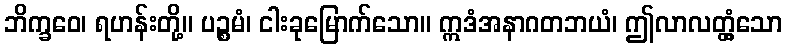
ဘိက္ခဝေ၊ ရဟန်းတို့။ ပဉ္စမံ၊ ငါးခုမြောက်သော။ ဣဒံအနာဂတဘယံ၊ ဤလာလတ္တံ့သော